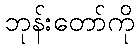
ဘုန်းတော်ကို